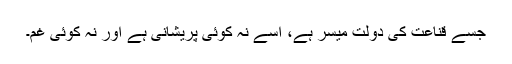
جسے قناعت کی دولت میسر ہے، اسے نہ کوئی پریشانی ہے اور نہ کوئی غم۔